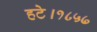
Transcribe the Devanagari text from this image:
हटे।१८५७